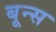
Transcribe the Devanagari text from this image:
बून्स